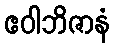
ဧဝါဘိဇာနံ